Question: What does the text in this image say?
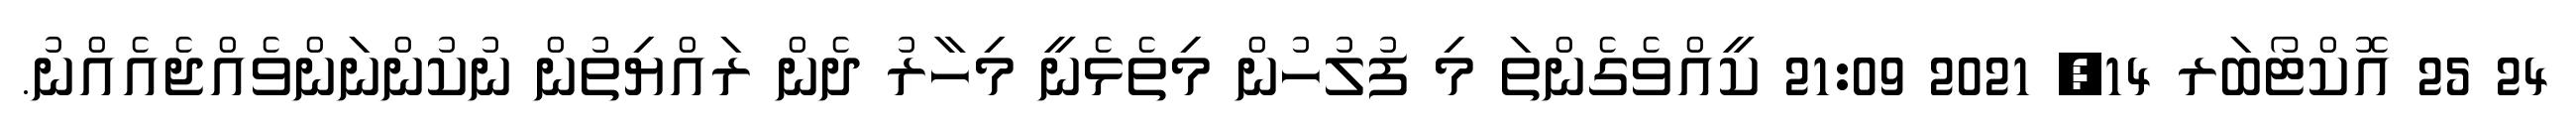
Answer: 24 25 އޮކްޓޯބަރ 14, 2021 21:09 ކީއްވެގެންތަ މި ފުލުހުން މިތެޅެނީ މިހާރު ދެން ރައްޔިތުން ނުކުންނަންވެއްޖެއެއްނު.